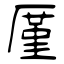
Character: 厪